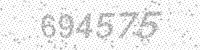
Solution: 694575